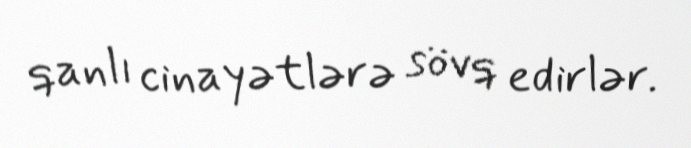
qanlı cinayətlərə sövq edirlər.